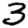
Digit: 3